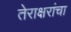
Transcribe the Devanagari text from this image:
तेराक्षरांचा